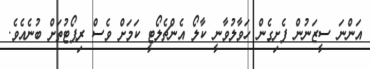
އަންނަ ސީޒަނުން ފެށިގެން ހަވާލުވާނީ ކާލޯ އެންޗެލޯޓީ ކަމަށް ވެސް ރިޕޯޓުތަށް ބުނެއެވެ.